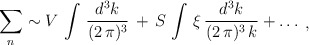
\begin{align*}\begin{array}{c} \displaystyle{ \sum_{n} \sim V\, \int\,\frac{d^{3}k}{(2\,\pi)^{3}}\, + \, S\, \int\,\xi\,\frac{d^{3}k}{(2\,\pi)^{3}\,k} + \dots}\end{array},\end{align*}